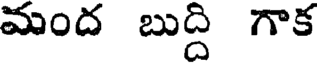
మంద బుద్ది గాక